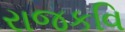
રાજકવિ